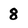
Character: 8